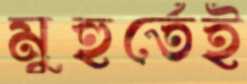
মুহুর্তেই